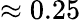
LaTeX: \approx 0.25